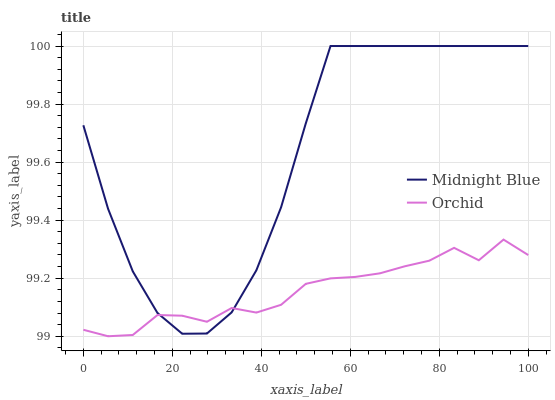
| xaxis_label | Midnight Blue | Orchid |
 | --- | --- | --- |
 | 0 | 99.7 | 99 |
 | 5.56 | 99.4 | 99 |
 | 11.1 | 99.2 | 99 |
 | 16.7 | 99.1 | 99.1 |
 | 22.2 | 99 | 99.1 |
 | 27.8 | 99 | 99 |
 | 33.3 | 99.1 | 99.1 |
 | 38.9 | 99.2 | 99.1 |
 | 44.4 | 99.4 | 99.1 |
 | 50 | 99.7 | 99.2 |
 | 55.6 | 100 | 99.2 |
 | 61.1 | 100 | 99.2 |
 | 66.7 | 100 | 99.2 |
 | 72.2 | 100 | 99.2 |
 | 77.8 | 100 | 99.3 |
 | 83.3 | 100 | 99.3 |
 | 88.9 | 100 | 99.3 |
 | 94.4 | 100 | 99.3 |
 | 100 | 100 | 99.3 |